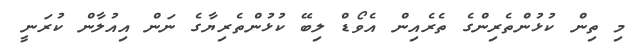
މި ތިން ކުޅުންތެރިންގެ ތެރެއިން އެވޯޑް ލިބޭ ކުޅުންތެރިޔާގެ ނަން އިއުލާން ކުރަނީ